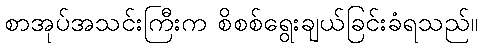
စာအုပ်အသင်းကြီးက စိစစ်ရွေးချယ်ခြင်းခံရသည်။